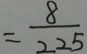
= \frac { 8 } { 2 2 5 }